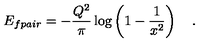
E _ { f p a i r } = - \frac { Q ^ { 2 } } { \pi } \log \left( 1 - \frac { 1 } { x ^ { 2 } } \right) \quad .